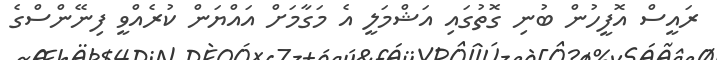
ރައީސް އޮފީހުން ބުނި ގޮތުގައި އަޝްމަލީ އެ މަގާމަށް އައްޔަން ކުރެއްވީ ފިނޭންސްގެ